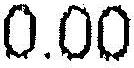
0.00